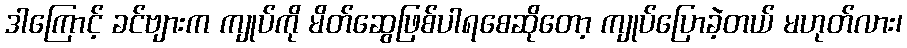
ဒါကြောင့် ခင်ဗျားက ကျုပ်ကို မိတ်ဆွေဖြစ်ပါရစေဆိုတော့ ကျုပ်ပြောခဲ့တယ် မဟုတ်လား၊